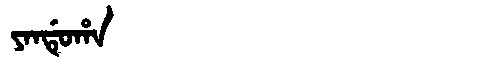
Manchu: ᠶᠠᠨᡩᡠᡥᠠ
Romanization: YANDUHA